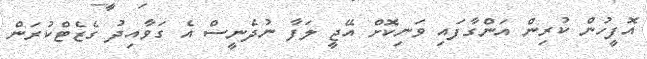
އޮފީހުން ކުރިން އަންގާފައި ވަނިކޮށް އޭޖީ ލަފާ ނުދެނީސް އެ ގަވާއިދު ގެޒެޓްކުރަން